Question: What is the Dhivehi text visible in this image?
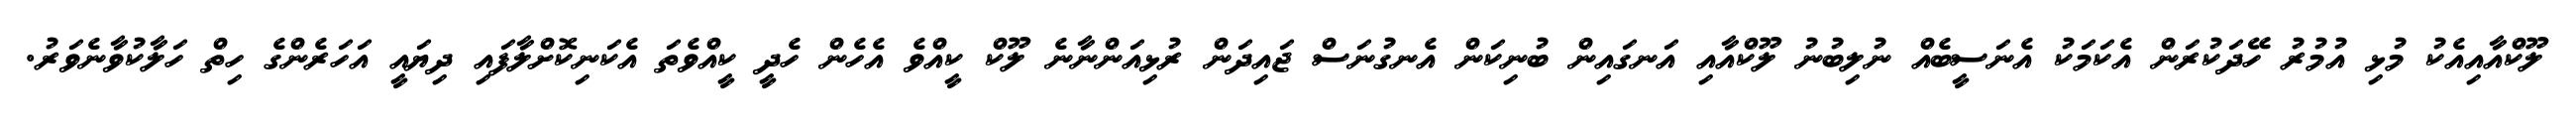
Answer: ލޫކްއާއިއެކު މުޅި އުމުރު ހޭދަކުރަން އެކަމަކު އެނަސީބެއް ނުލިބުނު ލޫކްއާއި އަނގައިން ބުނިކަން އެނގުނަސް ޖައިދަން ރުޅިއަންނާނެ ލޫކް ކީއްވެ އެހެން ހެދީ ކީއްވެތަ އެކަނިކޮށްލާފައި ދިޔައީ އަހަރެންގެ ހިތް ހަލާކުވާނެވަރު.